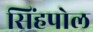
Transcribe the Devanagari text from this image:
सिंहपोल